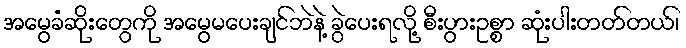
အမွေခံဆိုးတွေကို အမွေမပေးချင်ဘဲနဲ့ ခွဲပေးရလို့ စီးပွားဥစ္စာ ဆုံးပါးတတ်တယ်၊